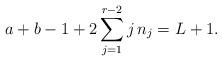
LaTeX: \begin{align*}a + b - 1 + 2\sum_{j=1}^{r-2} j\, n_j = L+1.\end{align*}